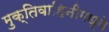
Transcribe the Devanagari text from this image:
मुक्तिवाहिनीमध्ये